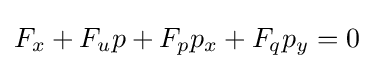
F_{x}+F_{u}p+F_{p}p_{x}+F_{q}p_{y}=0